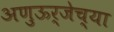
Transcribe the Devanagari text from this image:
अणुऊर्जेच्या